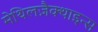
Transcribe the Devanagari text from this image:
मेथिलज़ैक्थाइन्स